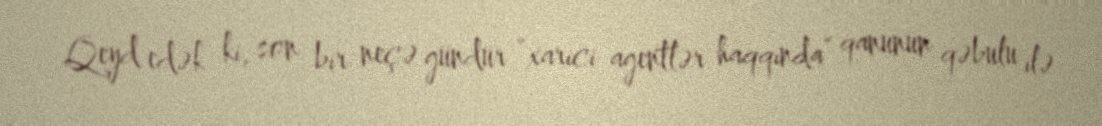
Qeyd edək ki, son bir neçə gündür “xarici agentlər haqqında” qanunun qəbulu ilə